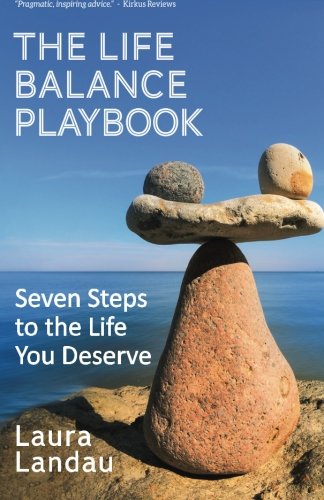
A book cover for The Life Balance Playbook: Seven Steps to the Life You Deserve; Laura Landau; Business & Money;